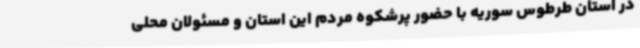
در استان طرطوس سوریه با حضور پرشکوه مردم این استان و مسئولان محلی